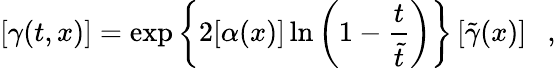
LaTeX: \left[\gamma(t,x)\right]=\exp\left\{ 2[\alpha(x)]\ln\left(1-\frac{t}{\tilde{t}}\right)\right\} \left[\tilde{\gamma}(x)\right]~~~,